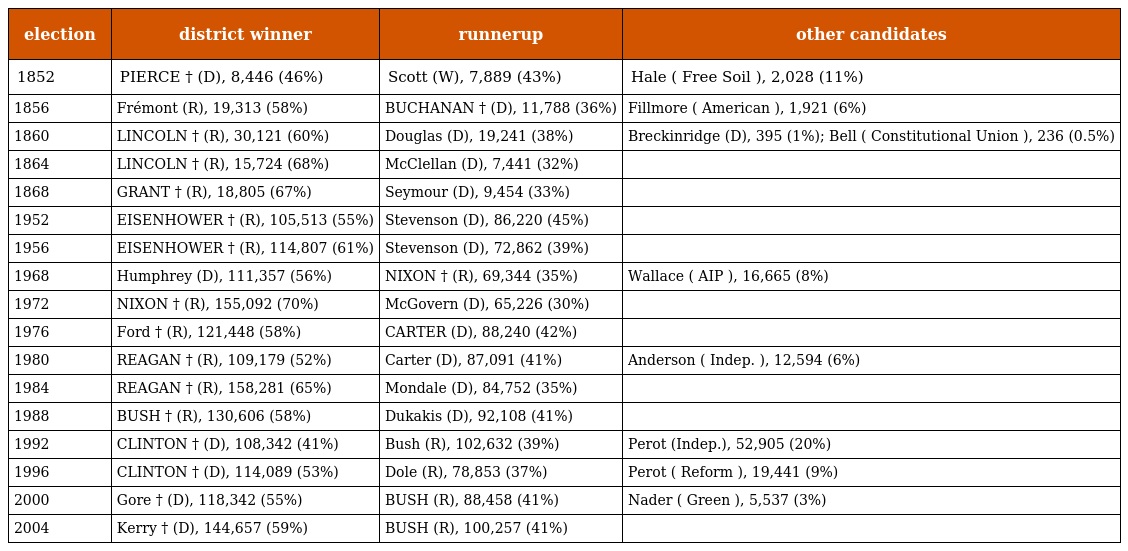
| election | district winner | runnerup | other candidates |
 | --- | --- | --- | --- |
 | 1852 | PIERCE † (D), 8,446 (46%) | Scott (W), 7,889 (43%) | Hale ( Free Soil ), 2,028 (11%) |
 | 1856 | Frémont (R), 19,313 (58%) | BUCHANAN † (D), 11,788 (36%) | Fillmore ( American ), 1,921 (6%) |
 | 1860 | LINCOLN † (R), 30,121 (60%) | Douglas (D), 19,241 (38%) | Breckinridge (D), 395 (1%); Bell ( Constitutional Union ), 236 (0.5%) |
 | 1864 | LINCOLN † (R), 15,724 (68%) | McClellan (D), 7,441 (32%) |  |
 | 1868 | GRANT † (R), 18,805 (67%) | Seymour (D), 9,454 (33%) |  |
 | 1952 | EISENHOWER † (R), 105,513 (55%) | Stevenson (D), 86,220 (45%) |  |
 | 1956 | EISENHOWER † (R), 114,807 (61%) | Stevenson (D), 72,862 (39%) |  |
 | 1968 | Humphrey (D), 111,357 (56%) | NIXON † (R), 69,344 (35%) | Wallace ( AIP ), 16,665 (8%) |
 | 1972 | NIXON † (R), 155,092 (70%) | McGovern (D), 65,226 (30%) |  |
 | 1976 | Ford † (R), 121,448 (58%) | CARTER (D), 88,240 (42%) |  |
 | 1980 | REAGAN † (R), 109,179 (52%) | Carter (D), 87,091 (41%) | Anderson ( Indep. ), 12,594 (6%) |
 | 1984 | REAGAN † (R), 158,281 (65%) | Mondale (D), 84,752 (35%) |  |
 | 1988 | BUSH † (R), 130,606 (58%) | Dukakis (D), 92,108 (41%) |  |
 | 1992 | CLINTON † (D), 108,342 (41%) | Bush (R), 102,632 (39%) | Perot (Indep.), 52,905 (20%) |
 | 1996 | CLINTON † (D), 114,089 (53%) | Dole (R), 78,853 (37%) | Perot ( Reform ), 19,441 (9%) |
 | 2000 | Gore † (D), 118,342 (55%) | BUSH (R), 88,458 (41%) | Nader ( Green ), 5,537 (3%) |
 | 2004 | Kerry † (D), 144,657 (59%) | BUSH (R), 100,257 (41%) |  |